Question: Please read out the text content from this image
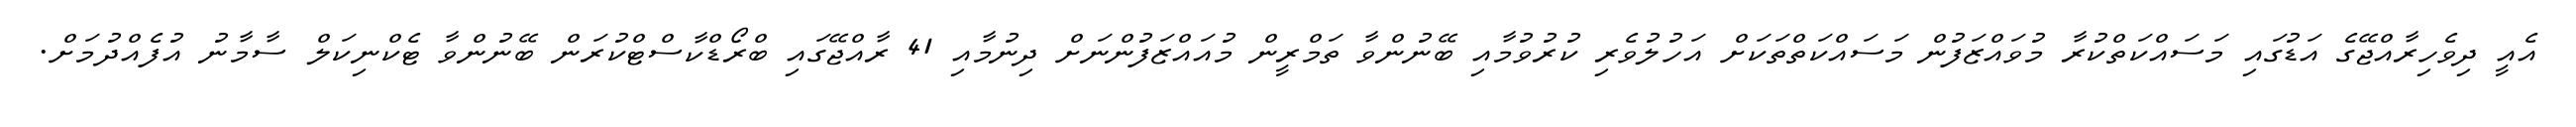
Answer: އެއީ ދިވެހިރާއްޖޭގެ އަޑުގައި މަސައްކަތްކުރާ މުވައްޒަފުން މަސައްކަތްތަކަށް އަހުލުވެރި ކުރުވުމާއި ބޭނުންވާ ތަމްރީން މުއައްޒަފުންނަށް ދިނުމާއި 41 ރާއްޖޭގައި ބްރޯޑްކާސްޓްކުރަން ބޭނުންވާ ޓެކްނިކަލް ސާމާނު އުފެއްދުމަށް.